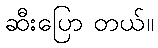
ဆီးပြော တယ်။